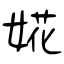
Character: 婲